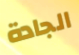
الجادة